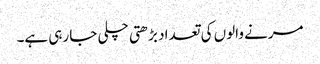
مرنے والوں کی تعداد بڑھتی چلی جا رہی ہے۔